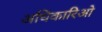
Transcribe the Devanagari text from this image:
अधिकारिओ